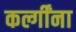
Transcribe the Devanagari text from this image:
कर्ल्गींना